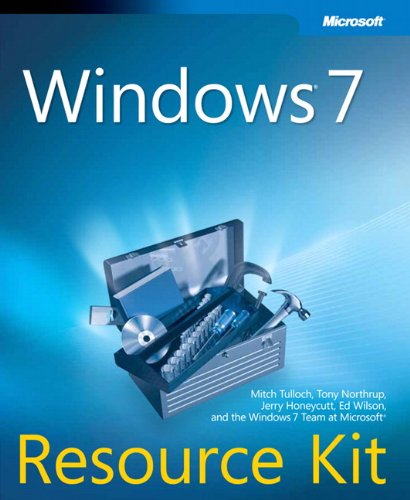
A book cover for Windows 7 Resource Kit; Mitch Tulloch; Computers & Technology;